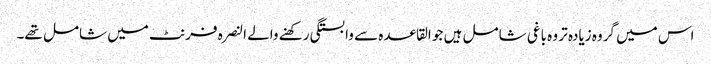
اس میں گروہ زیادہ تر وہ باغی شامل ہیں جو القاعدہ سے وابستگی رکھنے والے النصرہ فرنٹ میں شامل تھے۔